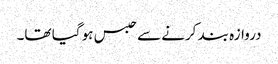
دروازہ بند کرنے سے حبس ہو گیا تھا۔